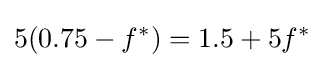
5(0.75-f^{*})=1.5+5f^{*}\!